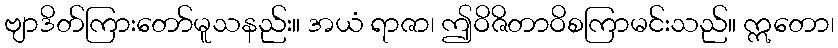
ဗျာဒိတ်ကြားတော်မူသနည်း။ အယံ ရာဇာ၊ ဤဝိဇိတာဝိစကြာမင်းသည်။ ဣတော၊